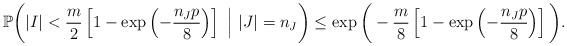
LaTeX: \begin{align*}\mathbb{P}\bigg(|I| < \frac{m}{2} \left[ 1 - \exp\left( - \frac{n_J p}{8} \right) \right] ~\Big|~ |J| = n_J \bigg) &\leq \exp\bigg( - \frac{m}{8} \left[ 1 - \exp\left( - \frac{n_J p}{8} \right) \right] \bigg).\end{align*}